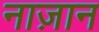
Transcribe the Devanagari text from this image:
नाज़ान